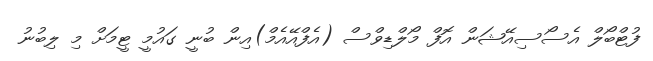
ފުޓްބޯލް އެސޯސިއޭޝަން އޮފް މޯލްޑިވްސް (އެފްއޭއެމް)އިން ބުނީ ގައުމީ ޓީމަށް މި ލިބުނު